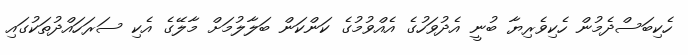
ހެކިބަސްދެމުން ހެކިވެރިޔާ ބުނީ އެދުވަހުގެ އެއްވުމުގެ ކަންކަން ބަލާލުމަށް މާލޭގެ އެކި ސަރަހައްދުތަކުގައި